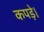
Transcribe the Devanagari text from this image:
कपड़े।